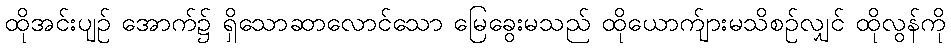
ထိုအင်းပျဉ် အောက်၌ ရှိသောဆာလောင်သော မြေခွေးမသည် ထိုယောက်ျားမသိစဉ်လျှင် ထိုလွန်ကို